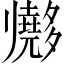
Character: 𱘫